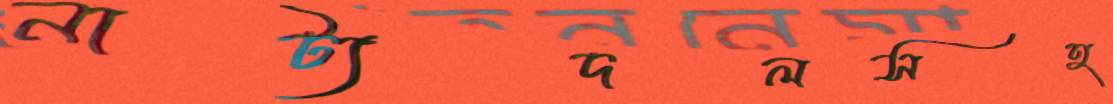
নাট্যদলসহ